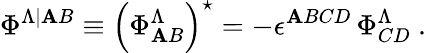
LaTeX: \Phi^{\Lambda\vert{\mathbf{A}B}}\equiv\left(\Phi_{\mathbf{A}B}^{\Lambda}\right)^{\star}=-\epsilon^{\mathbf{A}BCD}\, \Phi_{CD}^{\Lambda}~.